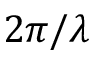
2 \pi / \lambda